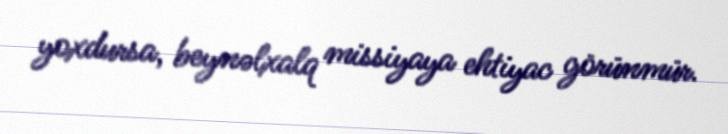
yoxdursa, beynəlxalq missiyaya ehtiyac görünmür.